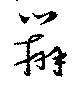
辧